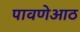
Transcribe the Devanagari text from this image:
पावणेआठ